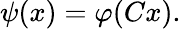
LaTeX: \psi(x)=\varphi(Cx).